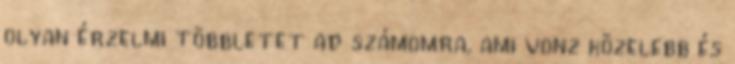
olyan érzelmi többletet ad számomra, ami vonz közelebb és